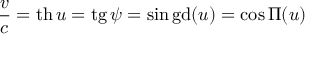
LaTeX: { \frac { v } { c } } = \operatorname { t h } u = \operatorname { t g } \psi = \sin \operatorname { g d } ( u ) = \cos \Pi ( u )